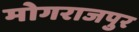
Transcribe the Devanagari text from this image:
मोगराजपुर